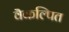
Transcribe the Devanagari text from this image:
वैकल्पित